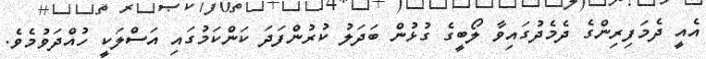
އެއީ ދެމަފިރިންގެ ދެމެދުގައިވާ ލޯބީގެ ގުޅުން ބަދަލު ކުރުންފަދަ ކަންކަމުގައި އަސްލަކީ ހުއްދަވުމެވެ.